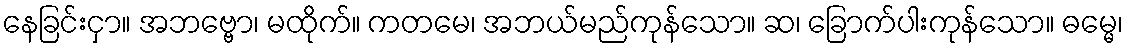
နေခြင်းငှာ။ အဘဗ္ဗော၊ မထိုက်။ ကတမေ၊ အဘယ်မည်ကုန်သော။ ဆ၊ ခြောက်ပါးကုန်သော။ ဓမ္မေ၊